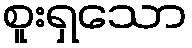
စူးရှသော